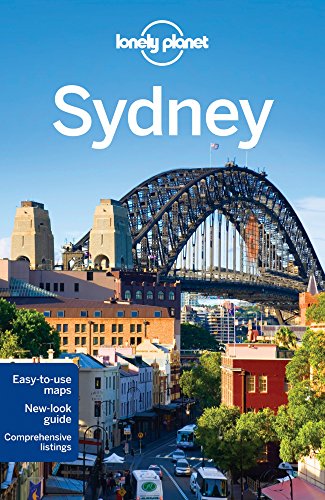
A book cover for Lonely Planet Sydney (Travel Guide); Lonely Planet; Travel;